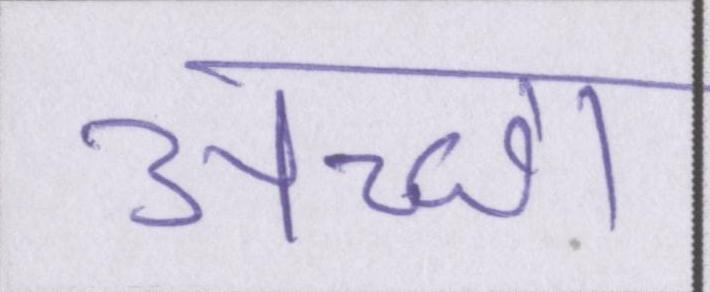
अच्छा